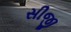
સીજી